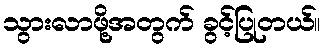
သွားလာဖို့အတွက် ခွင့်ပြုတယ်။